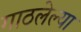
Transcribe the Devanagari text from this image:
गाठलेल्या